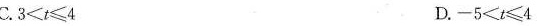
C.$$3 < t ≤ 4$$ D.$$- 5 < t ≤ 4$$